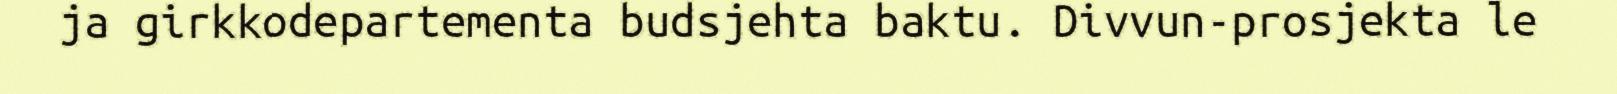
ja girkkodepartementa budsjehta baktu. Divvun-prosjekta le